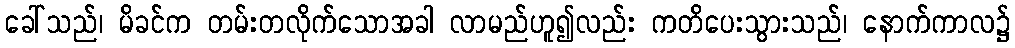
ခေါ်သည်၊ မိခင်က တမ်းတလိုက်သောအခါ လာမည်ဟူ၍လည်း ကတိပေးသွားသည်၊ နောက်ကာလ၌